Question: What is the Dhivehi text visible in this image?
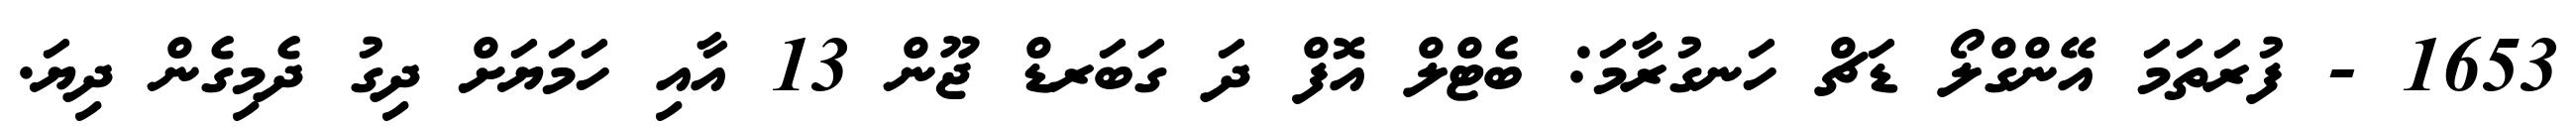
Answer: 1653 - ފުރަތަމަ އޭންގްލޯ ޑަޗް ހަނގުރާމަ: ބެޓްލް އޮފް ދަ ގަބަރޑް ޖޫން 13 އާއި ހަމަޔަށް ދިގު ދެމިގެން ދިޔަ.